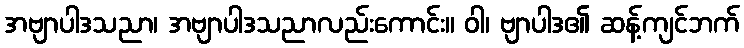
အဗျာပါဒသညာ၊ အဗျာပါဒသညာလည်းကောင်း။ ဝါ၊ ဗျာပါဒ၏ ဆန့်ကျင်ဘက်